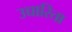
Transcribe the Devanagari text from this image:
उच्चारिता